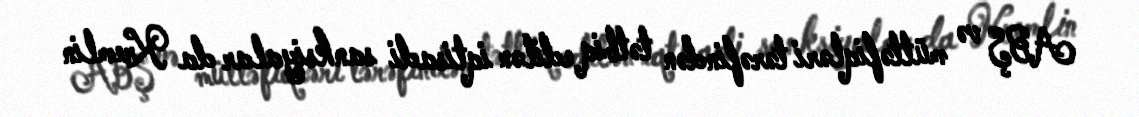
ABŞ və müttəfiqləri tərəfindən tətbiq edilən iqtisadi sanksiyalar da Kremlin